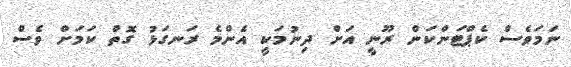
ނަމަވެސް ކެޕްޓަންކަން ރޫނީ އަށް ދިނުމަކީ އެންމެ ރަނގަޅު ގޮތް ކަމަށް ވެސް